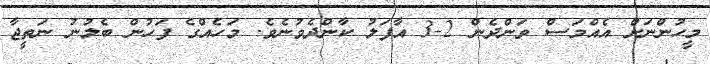
މީހުންނަށް އެއްމަސް ވަންދެން 2-3 އާފަލު ކާންދެވުނެވެ. މަހެއްގެ ފަހުން ބެލުނު ނަތީޖާ